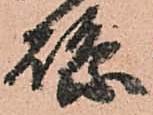
縣